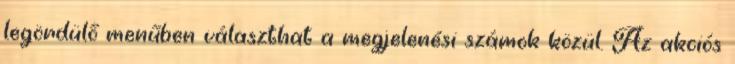
legördülő menűben választhat a megjelenési számok közül. Az akciós